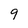
Character: 9